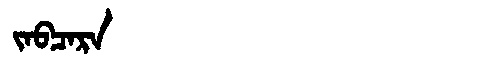
Manchu: ᠵᠠᠪᠴᠠᡵᠠ
Romanization: JABCARA